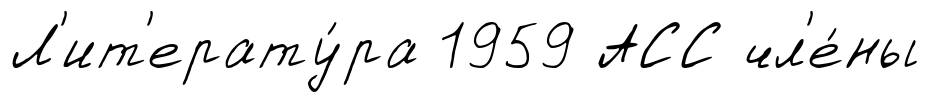
Л'ит'ерату́ра 1959 АСС чл'е́ны